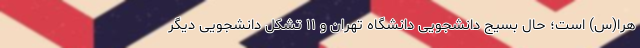
هرا(س) است؛ حال بسیج دانشجویی دانشگاه تهران و ۱۱ تشکل دانشجویی دیگر